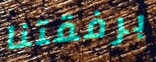
برفقتنا